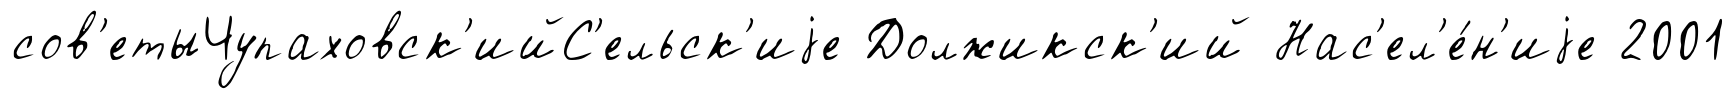
сов'етыЧупаховск'ийС'ельск'иjе Должикск'ий Нас'ел'е́н'иjе 2001